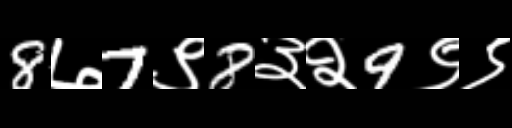
Text: 8७7९8३२9९९